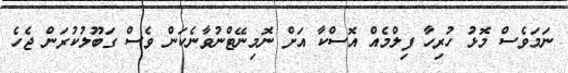
ނަމަވެސް މޮޅު ހުރިހާ ފިލްމެއް އޮސްކާ އަށް ނޮމިނޭޓްނުވާނެކަން ވެސް ގަބޫލުކުރަން ޖެހެ